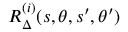
R _ { \Delta } ^ { ( i ) } ( s , \theta , s ^ { \prime } , \theta ^ { \prime } )